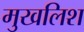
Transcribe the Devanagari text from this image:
मुखलिश